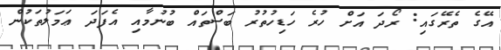
އޭގެ ތެރޭގައި: ރޯދަ އަށް ހުރެ ހަޑިހުތުރު ބަސްތައް ބުނުމާއި އެފަދަ ޢަމަލުތަކުން